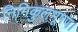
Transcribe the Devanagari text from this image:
निमिकुलभूषण।